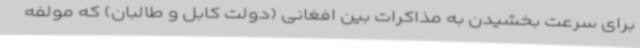
برای سرعت بخشیدن به مذاکرات بین افغانی (دولت کابل و طالبان) که مولفه